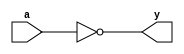
`default_nettype none

module tt_prim_inv #(	
  parameter real INV_DELAY_NS = 0.07 /* single inverter delay */
) (
	input  wire a,
  output wire y
);

	not #(INV_DELAY_NS) (y, a);

endmodule // tt_prim_inv